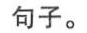
句子。